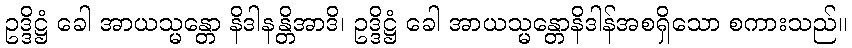
ဥဒ္ဒိဋ္ဌံ ခေါ အာယသ္မန္တော နိဒါနန္တိအာဒိ၊ ဥဒ္ဒိဋ္ဌံ ခေါ အာယသ္မန္တောနိဒါန်အစရှိသော စကားသည်။